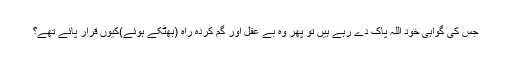
جس کی گواہی خود اللہ پاک دے رہے ہیں تو پھر وہ بے عقل اور گُم کردہ راہ (بھٹکے ہوئے)کیوں قرار پائے تھے؟